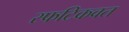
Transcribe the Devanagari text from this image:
स्फटिकवत